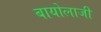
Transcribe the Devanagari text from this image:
बायोलाजी